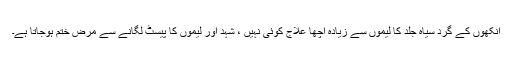
آنکھوں کے گرد سیاہ جلد کا لیموں سے زیادہ اچھا علاج کوئی نہیں ، شہد اور لیموں کا پیسٹ لگانے سے مرض ختم ہوجاتا ہے۔